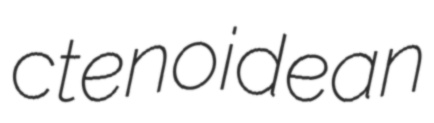
ctenoidean